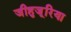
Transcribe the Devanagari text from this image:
जीहुजूरिया